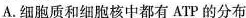
A.细胞质和细胞核中都有ATP的分布